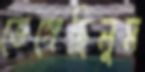
ভেঙ্গেছিলুম